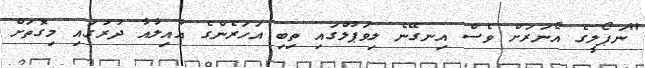
"ނަޕޯލީގެ އޯނަރަށް ވެސް އިނގޭނެ ލިވަޕޫލްގައި ތިބި އަހަރެންގެ އާއިލާއާ ދުުރުގައި މިގޮތަށް